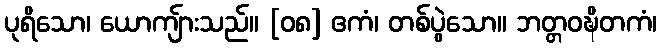
ပုရိသော၊ ယောကျ်ားသည်။ [၀၈] ဧကံ၊ တစ်ပွဲသော။ ဘတ္တဝဍ္ဎိတကံ၊